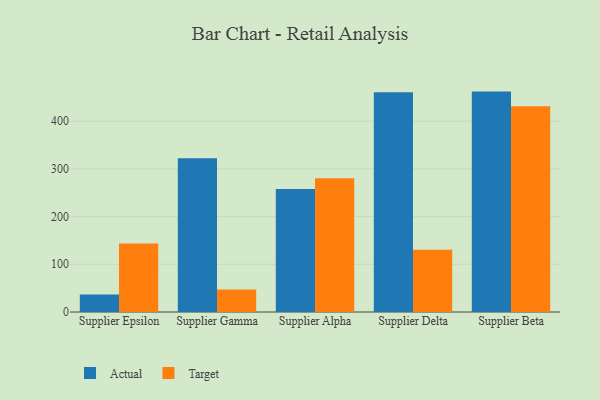
{"axis": {"x": "Supplier", "y": "Customer Acquisition Cost (USD)"}, "legend": ["Actual", "Target"], "data": [{"x": "Supplier Epsilon", "y": 36.5, "type": "Actual"}, {"x": "Supplier Epsilon", "y": 143.4, "type": "Target"}, {"x": "Supplier Gamma", "y": 322.2, "type": "Actual"}, {"x": "Supplier Gamma", "y": 47.0, "type": "Target"}, {"x": "Supplier Alpha", "y": 257.6, "type": "Actual"}, {"x": "Supplier Alpha", "y": 280.5, "type": "Target"}, {"x": "Supplier Delta", "y": 460.4, "type": "Actual"}, {"x": "Supplier Delta", "y": 130.6, "type": "Target"}, {"x": "Supplier Beta", "y": 462.0, "type": "Actual"}, {"x": "Supplier Beta", "y": 431.2, "type": "Target"}]}